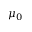
\mu _ { 0 }